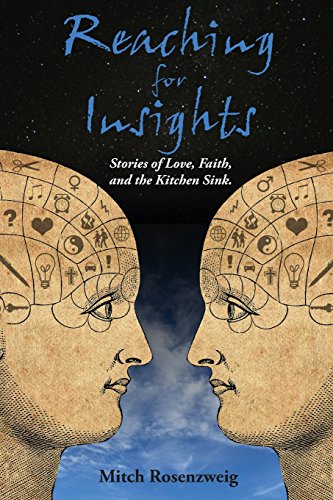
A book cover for Reaching for Insights: Stories of Love, Faith and the Kitchen Sink; Mitch Rosenzweig; Parenting & Relationships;